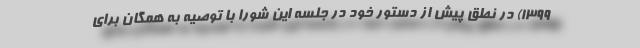
۱۳۹۹) در نطق پیش از دستور خود در جلسه این شورا با توصیه به همگان برای